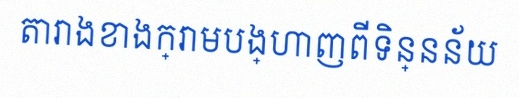
តារាងខាងក្រោមបង្ហាញពីទិន្នន័យ